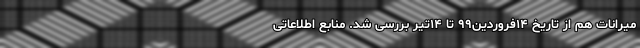
میرانات هم از تاریخ ۱۴فروردین۹۹ تا ۱۴تیر بررسی شد. منابع اطلاعاتی